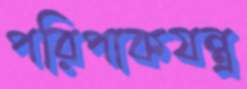
পরিপাকযন্ত্র